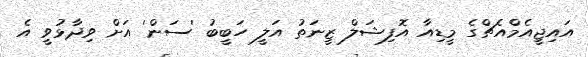
އައިޖީއެމްއެޗްގެ މީޑިއާ އޮފިޝަލް ޒީނަތު އަލީ ހަބީބު 'ސަން' އަށް ވިދާޅުވީ އެ